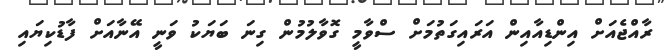
ރާއްޖެއަށް އިންޑިއާއިން އަރައިގަތުމަށް ސްވާމީ ގޮވާލުމުން ގިނަ ބަޔަކު ވަނީ އޭނާއަށް ފާޑުކިޔައި